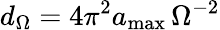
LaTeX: d_{\Omega}=4\pi^{2}a_{\mathrm{max}}\, \Omega^{-2}